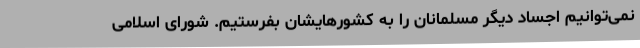
نمی‌توانیم اجساد دیگر مسلمانان را به کشورهایشان بفرستیم. شورای اسلامی